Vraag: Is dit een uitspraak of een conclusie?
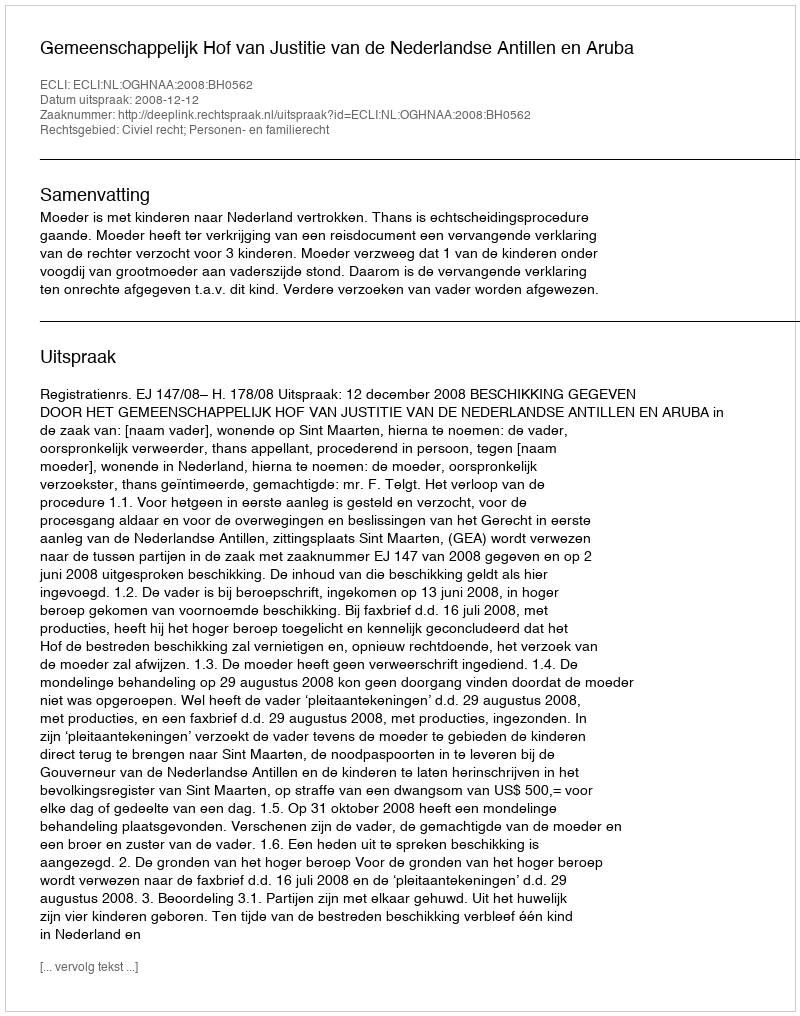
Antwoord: Uitspraak